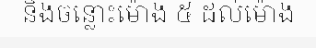
និងចន្លោះម៉ោង ៥ ដល់ម៉ោង